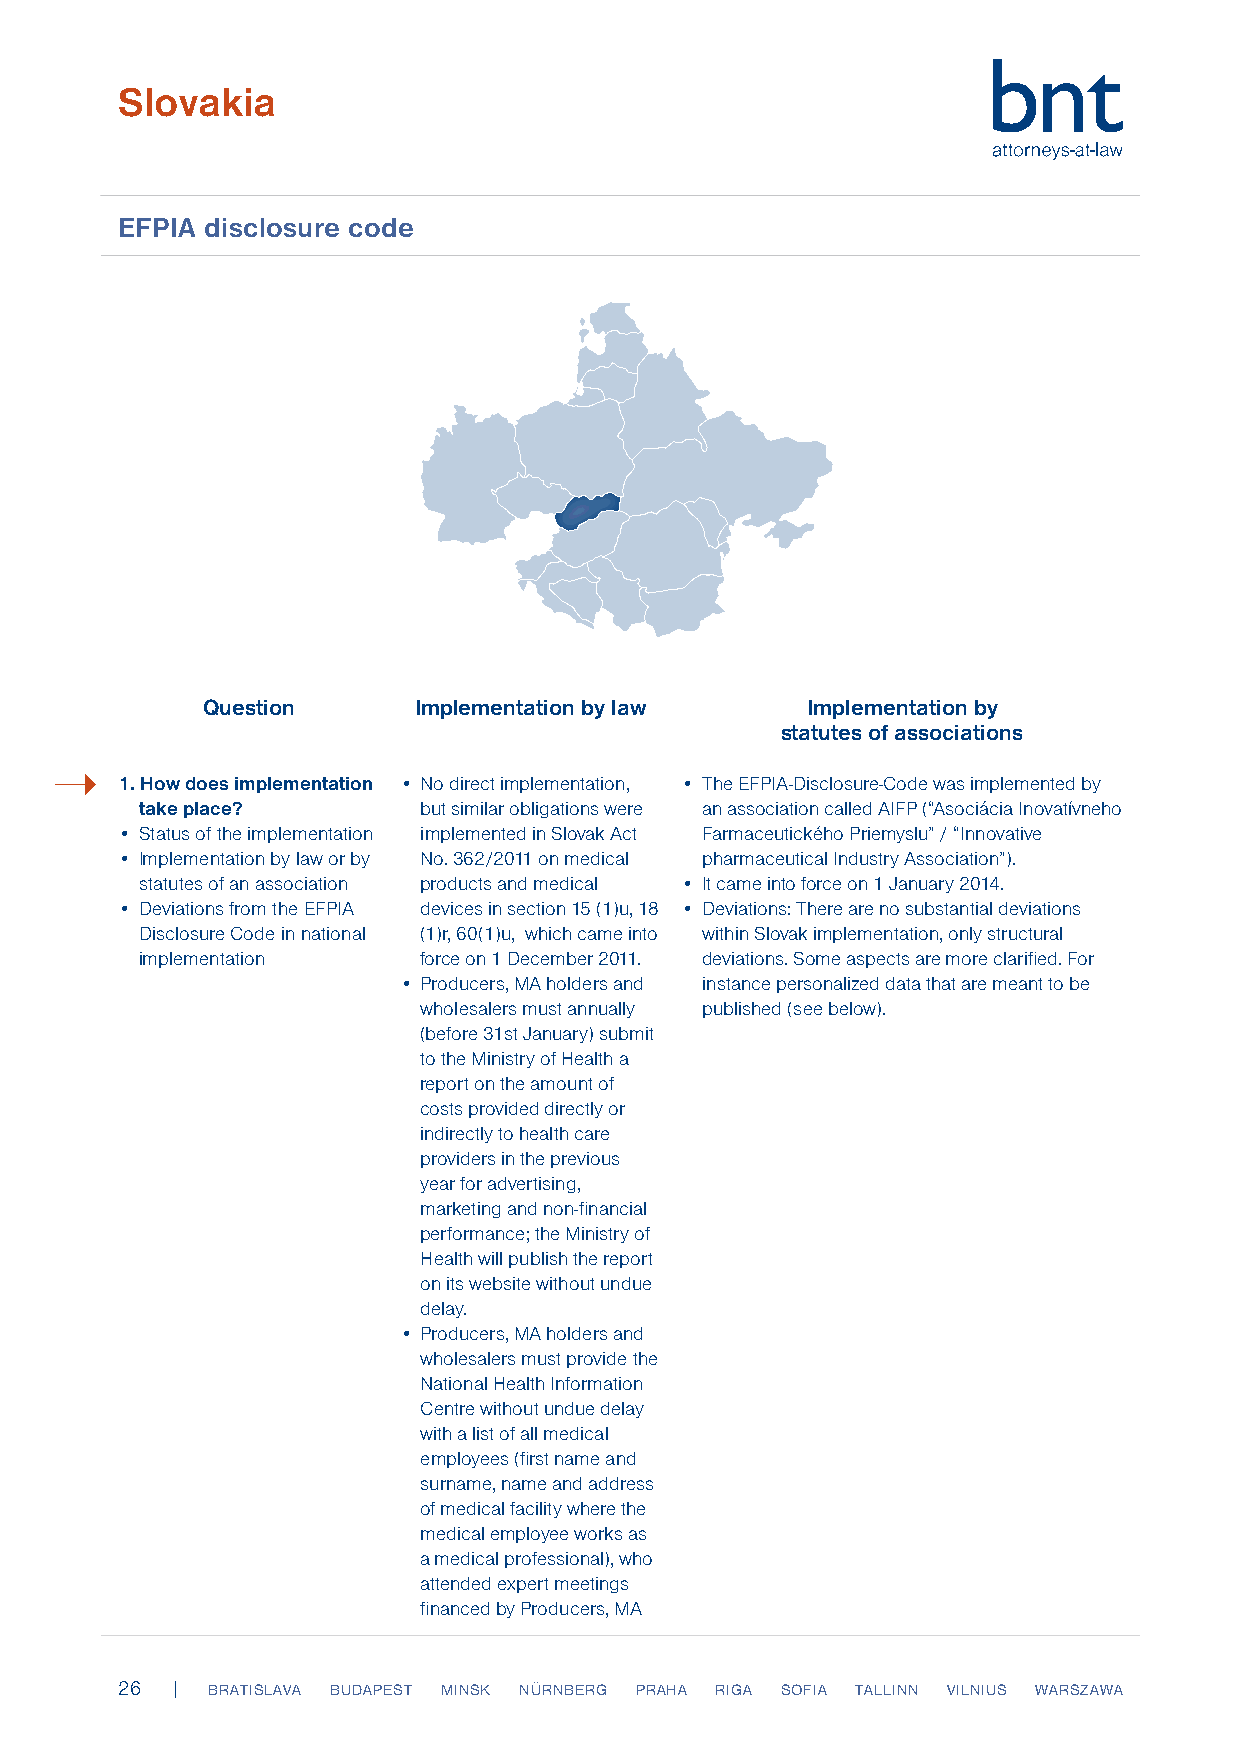
Slovakia
 EFPIA disclosure code
 Question      Implementation by law     Implementation by
 statutes of associations
 ➝
 1. How does implementation • No direct implementation, • The EFPIA-Disclosure-Code was implemented by
 take place?        but similar obligations were an association called AIFP (“Asociácia Inovatívneho
 • Status of the implementation implemented in Slovak Act Farmaceutického Priemyslu” / “Innovative
 • Implementation by law or by No. 362/2011 on medical pharmaceutical Industry Association”).
 statutes of an association products and medical • It came into force on 1 January 2014.
 • Deviations from the EFPIA devices in section 15 (1)u, 18 • Deviations: There are no substantial deviations
 Disclosure Code in national (1)r, 60(1)u, which came into within Slovak implementation, only structural
 implementation     force on 1 December 2011. deviations. Some aspects are more clarified. For
 • Producers, MA holders and instance personalized data that are meant to be
 wholesalers must annually published (see below).
 (before 31st January) submit
 to the Ministry of Health a
 report on the amount of
 costs provided directly or
 indirectly to health care
 providers in the previous
 year for advertising,
 marketing and non-financial
 performance; the Ministry of
 Health will publish the report
 on its website without undue
 delay.
 • Producers, MA holders and
 wholesalers must provide the
 National Health Information
 Centre without undue delay
 with a list of all medical
 employees (first name and
 surname, name and address
 of medical facility where the
 medical employee works as
 a medical professional), who
 attended expert meetings
 financed by Producers, MA
 26 |  BRATISLAVA BUDAPEST MINSK NÜRNBERG PRAHA RIGA SOFIA TALLINN VILNIUS WARSZAWA